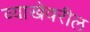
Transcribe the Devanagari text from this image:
व्याखेवरील